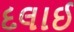
દલાઈ